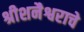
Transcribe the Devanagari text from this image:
श्रीशनैश्वराचे